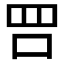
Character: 𠰝